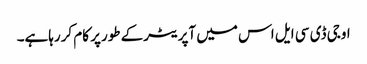
اوجی ڈی سی ایل اس میں آپریٹرکے طورپر کام کررہاہے۔